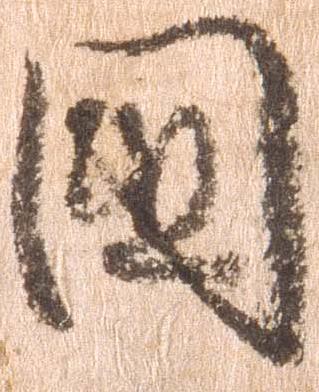
国